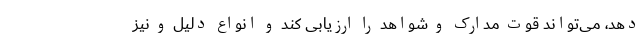
دهد، می‌تواند قوت مدارک و شواهد را ارزیابی کند و انواع دلیل و نیز